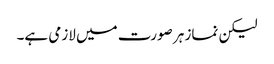
لیکن نماز ہر صورت میں لازمی ہے۔